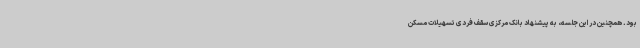
بود. همچنین در این جلسه، به پیشنهاد بانک مرکزی سقف فردی تسهیلات مسکن